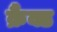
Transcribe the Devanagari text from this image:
क्रैंक्ड